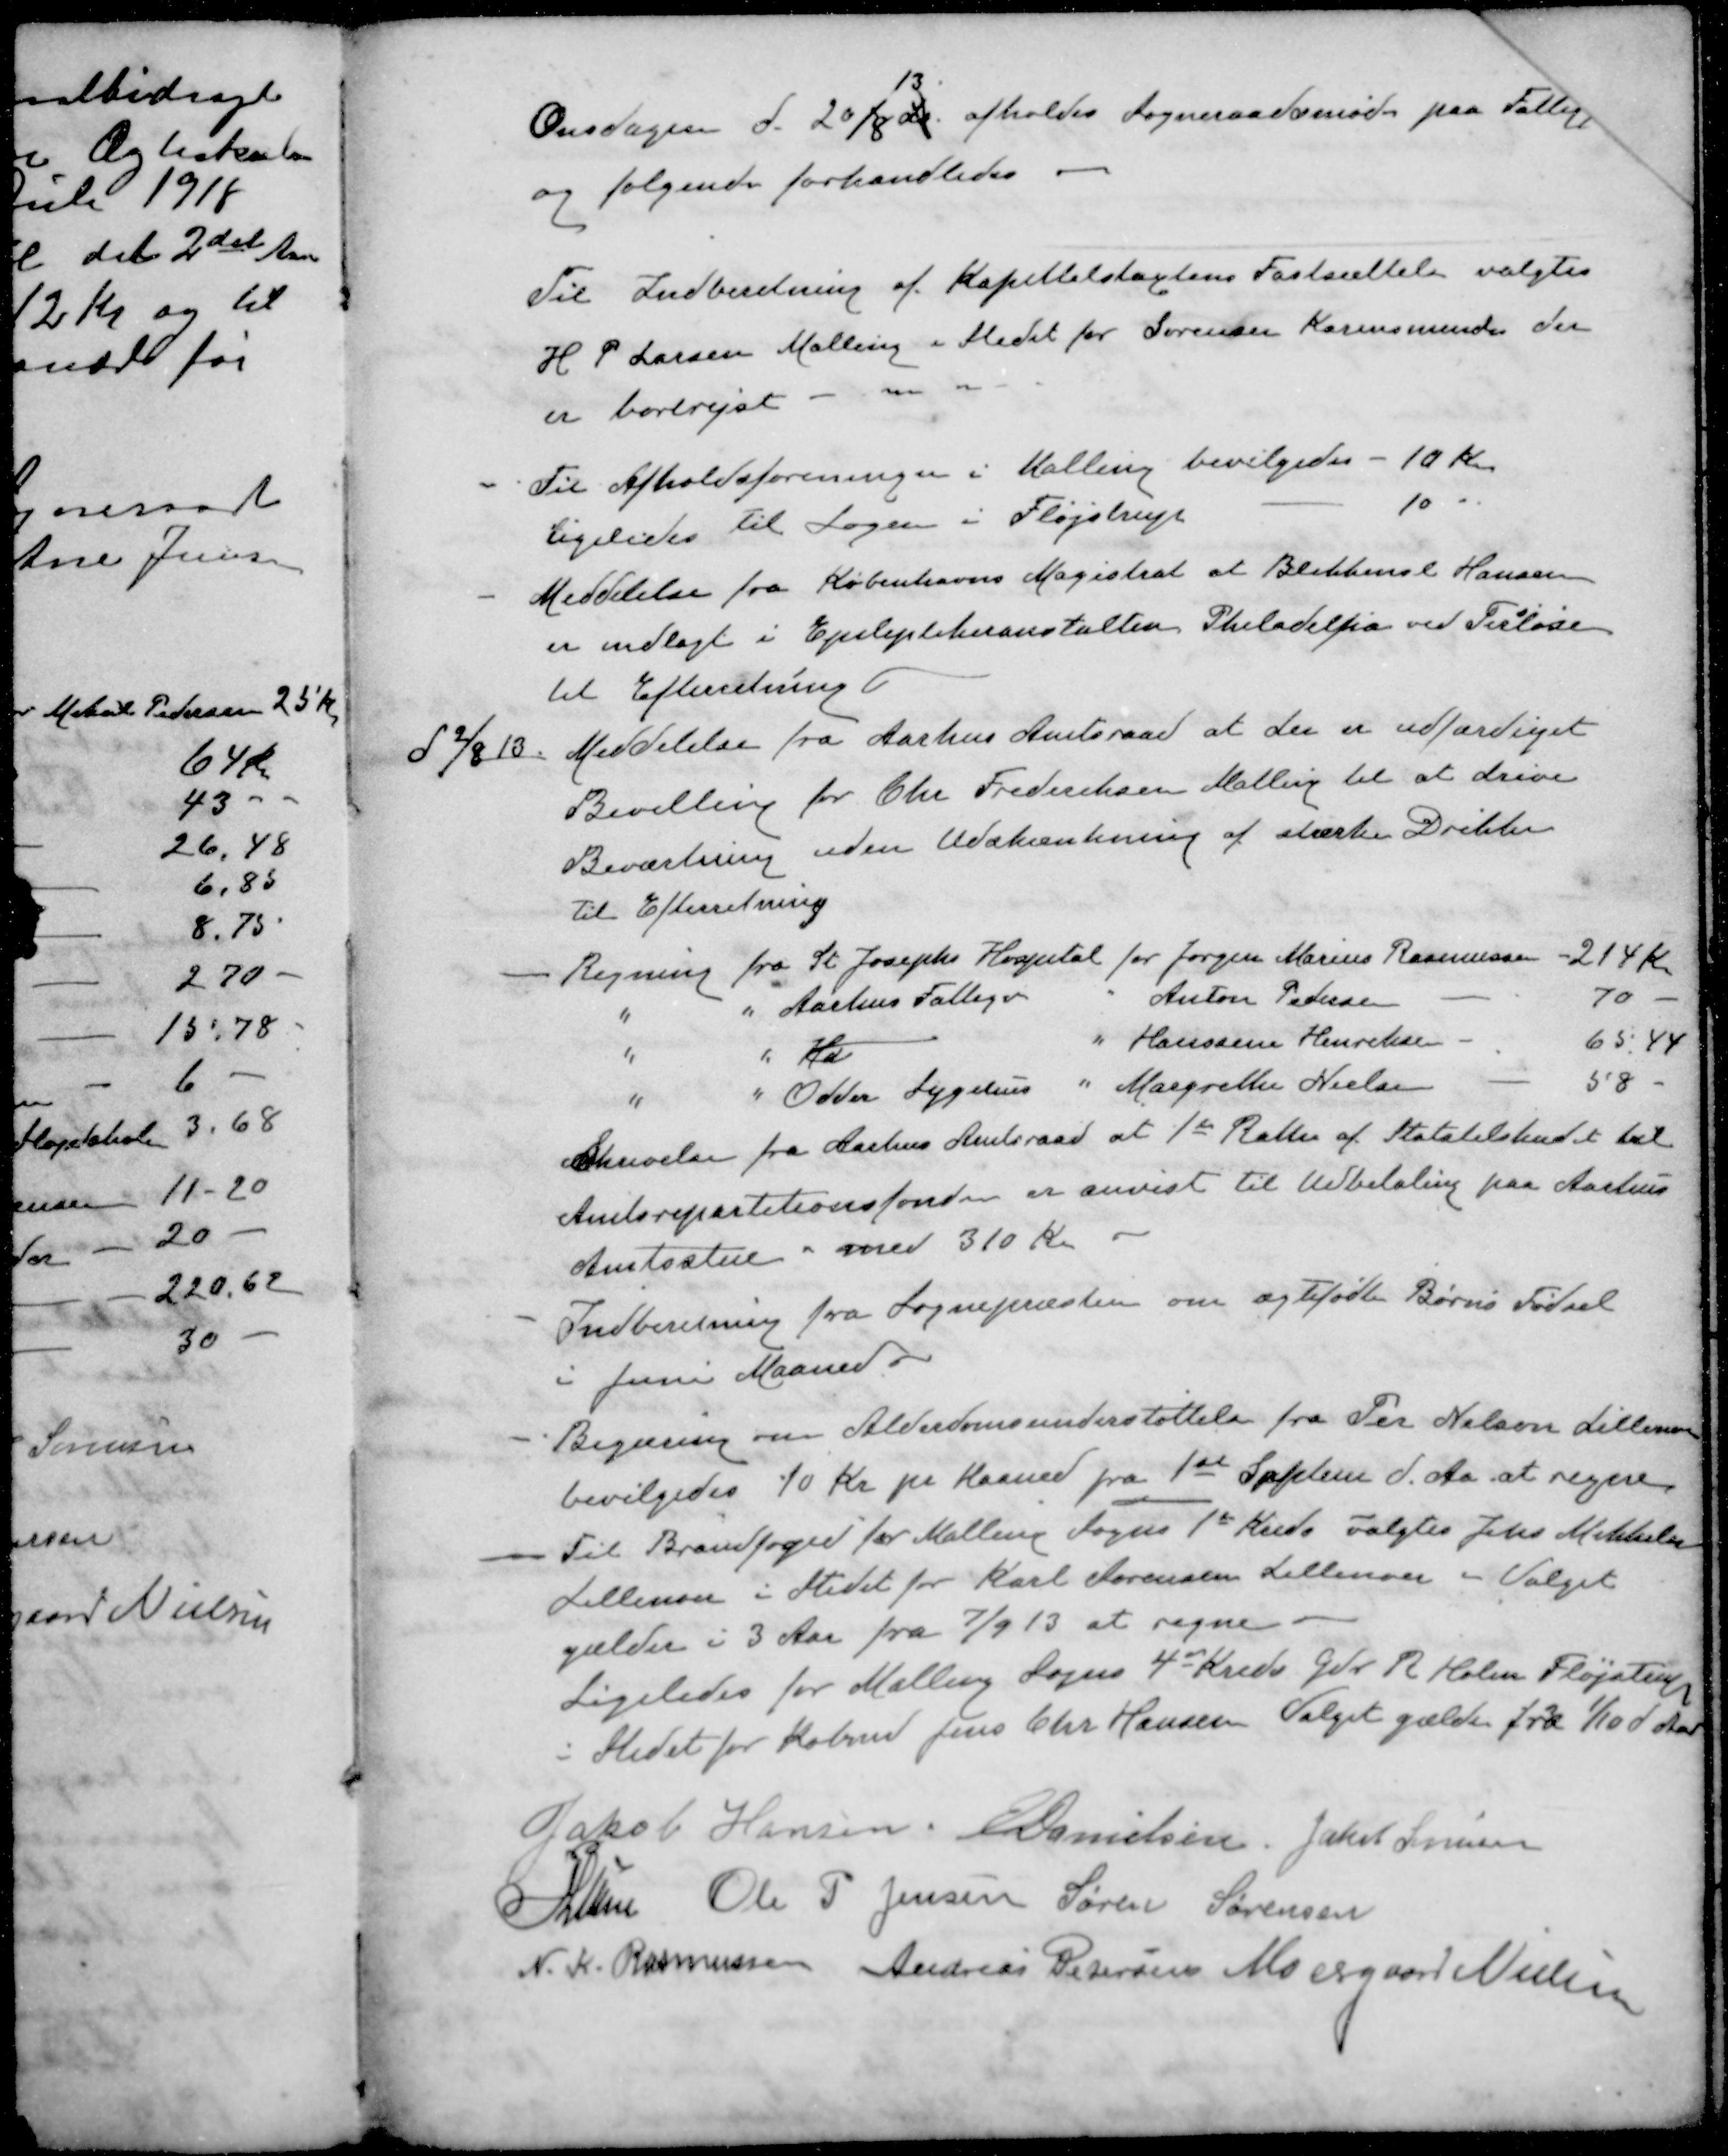
Transskription:
13
Onsdagen d. 20/8 dr. afholdes Sogneraadsmøde paa Fattigg
og følgende forhandledes.
Til Indberetning af Kapittalstaxtens Fastsættelse valgtes
H P Larsen Malling i Stedet for Sørensen Karensmindes der
er bortrejst
- Til Afholdsforeninger i Malling bevilgedes - 10 Kr
Ligeledes til Sagen i Fløjstrup 10 "
- Meddelelse fra Københavns Magistrat at Blikkensl Hansen
er indlagt i Epileptikeranstalten Philadelfia ved Terløse
til Efterretning
d 2/8 13
Meddelelse fra Aarhus Amtsraad at der er udfærdiget
Bevilling for Chr Frederiksen Malling til at drive
Beværtning uden Udskænkning af stærke Drikter
Til Efterretning
- Regning fra St. Josephs Hospital for Jørgen Marius Rasmussen - 214 Kr
" " Aarhus Fattigv " Anton Pedersen 70 -
" " Ha " Hanssine Henriksen 65.44
" " Odder Sygehus " Margrethe Nielsen 58 -
Skrivelse fra Aarhus Amtsraad af 1st Ratter af Statstilskudt til
Amtsrepartitionsfonden er anvist til Udbetaling paa Aarhus
Amtsstue med 310 Kr.
- Indberetning fra Sognepræsten om ægtefødte Børns Fødsel
Juni Maaned
- Begæring om Alderdomsunderstøttelse fra Per Nelson Lillenor
bevilgedes 10 Kr pr Maaned fra 1st Septem d. Aa at regne
- Til Brandfoged for Malling Sogns 1st Kreds valgtes Jens Mikkelsen
Lillenoer i Stedet for Karl Sørensen Lillenoer - Valget
gælder i 3 Aar fra 7/9 13 at regne.
Ligeledes for Malling Sogns 4de Kreds Gdr R. Holm Fløjstrup
i Stedet for Købmd Jens Chr Hansen Valget gælder fra 1/10 d Aar
Jakob Hansen
E Danielsen
Jakob Sørensen
P Lunn
Ole P Jensen
Søren Sørensen
N. K. Rasmussen
Andreas Petersen
Moesgaard Nielsen